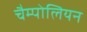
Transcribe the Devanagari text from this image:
चैम्पोलियन